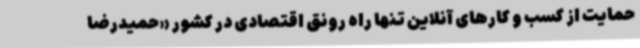
حمایت از کسب و کارهای آنلاین تنها راه رونق اقتصادی در کشور «حمیدرضا